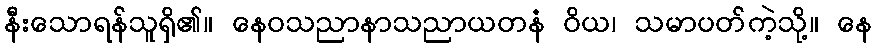
နီးသောရန်သူရှိ၏။ နေဝသညာနာသညာယတနံ ဝိယ၊ သမာပတ်ကဲ့သို့။ နေ